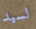
لسيد